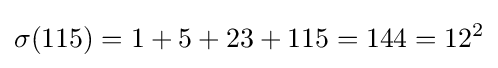
\sigma (115)=1+5+23+115=144=12^{2}